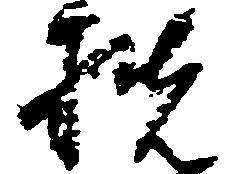
扶